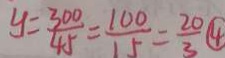
y = \frac { 3 0 0 } { 4 5 } = \frac { 1 0 0 } { 1 5 } = \frac { 2 0 } { 3 } \textcircled { 4 }